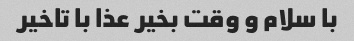
با سلام و وقت بخیر عذا با تاخیر